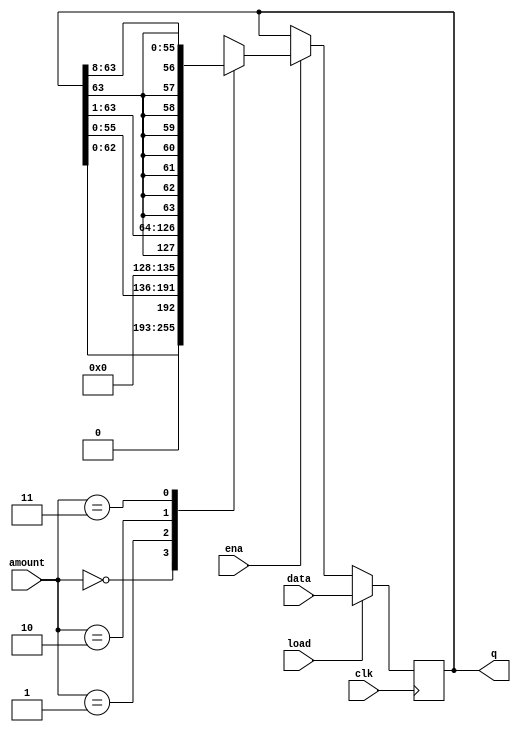
/*
Build a 64-bit arithmetic shift register, with synchronous load. 
The shifter can shift both left and right, and by 1 or 8 bit positions, selected by amount.

An arithmetic right shift shifts in the sign bit of the number in the shift register (q[63] in this case) 
		instead of zero as done by a logical right shift. 
Another way of thinking about an arithmetic right shift is that it assumes the number being shifted is signed 
		and preserves the sign, so that arithmetic right shift divides a signed number by a power of two.
*/
module top_module(
    input clk,
    input load,
    input ena,
    input [1:0] amount,
    input [63:0] data,
    output reg [63:0] q); 

    always @ (posedge clk) 
    begin
        if (load) begin
            q <= data;
        end else if (ena) begin
            case(amount)
                // arithmetic shift left by 1 bit
                2'b00: q <= {q[62:0], 1'b0}; 
                   
                // arithmetic shift left by 8 bits
                2'b01: q <= {q[55:0], 8'b0}; 
                  
                // arithmetic shift right by 1 bit
                2'b10: q <= {q[63], q[63:1]}; 
                    
                // arithmetic shift right by 8 bits
                2'b11: q <= {q[63], {8{q[63]}}, q[62:8]};
           endcase
       end else begin
           q <= q;
       end
   end    
    
endmodule